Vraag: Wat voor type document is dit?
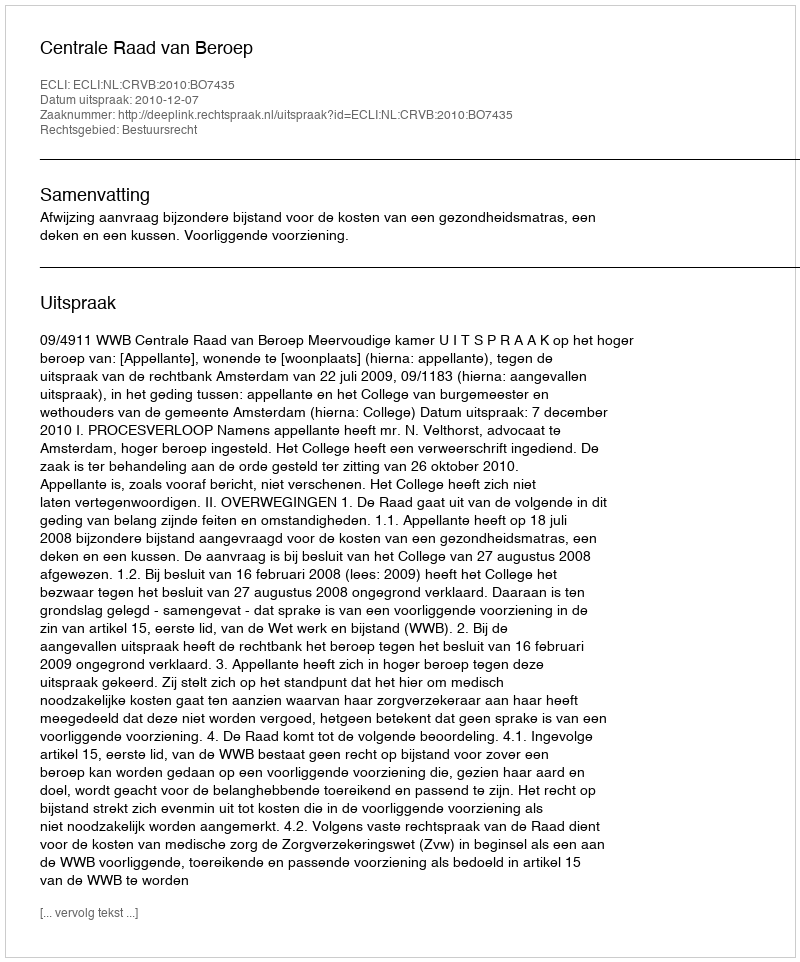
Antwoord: Uitspraak